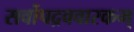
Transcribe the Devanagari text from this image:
सर्वोपद्रववारकम्